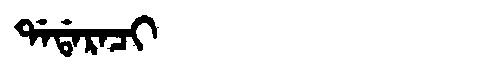
Manchu: ᡩᠠᡩᠠᡵᠠᠴᡳ
Romanization: DADARACI